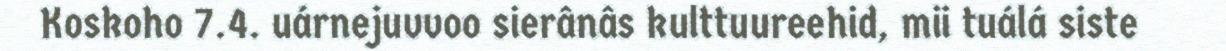
Koskoho 7.4. uárnejuvvoo sierânâs kulttuureehid, mii tuálá siste